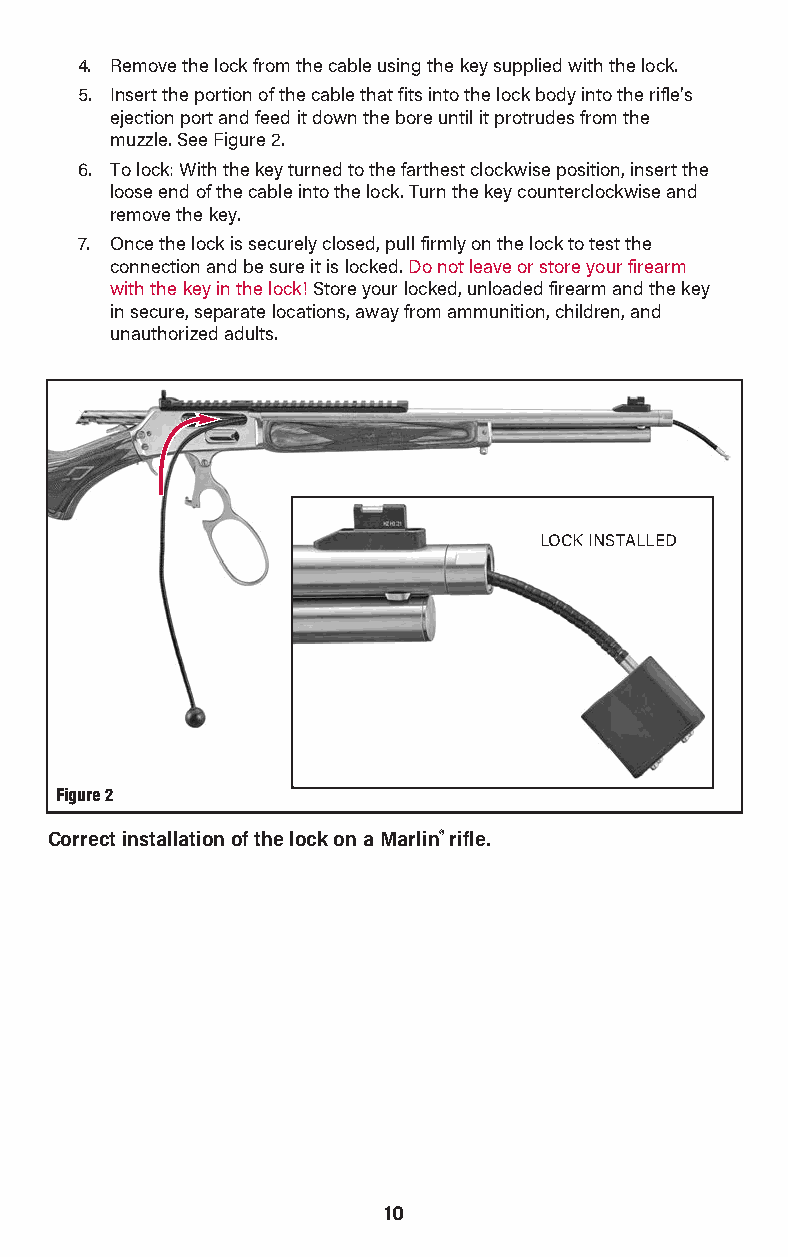
4. Remove the lock from the cable using the key supplied with the lock.
 5. Insert the portion of the cable that fits into the lock body into the rifle’s
 ejection port and feed it down the bore until it protrudes from the
 muzzle. See Figure 2.
 6. To lock: With the key turned to the farthest clockwise position, insert the
 loose end of the cable into the lock. Turn the key counterclockwise and
 remove the key.
 7. Once the lock is securely closed, pull firmly on the lock to test the
 connection and be sure it is locked. Do not leave or store your firearm
 with the key in the lock! Store your locked, unloaded firearm and the key
 in secure, separate locations, away from ammunition, children, and
 unauthorized adults.
 LOCK INSTALLED
 Figure 2
 Correct installation of the lock on a Marlin® rifle.
 10